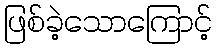
ဖြစ်ခဲ့သောကြောင့်